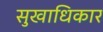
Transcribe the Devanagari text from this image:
सुखाधिकार